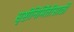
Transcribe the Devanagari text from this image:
सृष्टीनिर्मितीसाठी